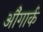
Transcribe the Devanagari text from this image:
औंगार्क